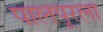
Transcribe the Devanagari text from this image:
पालपूरला